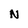
Character: N